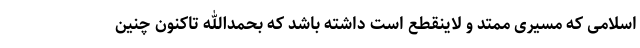
اسلامی که مسیری ممتد و لاینقطع است داشته باشد که بحمدالله تاکنون چنین